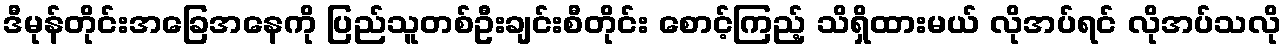
ဒီမုန်တိုင်းအခြေအနေကို ပြည်သူတစ်ဦးချင်းစီတိုင်း စောင့်ကြည့် သိရှိထားမယ် လိုအပ်ရင် လိုအပ်သလို